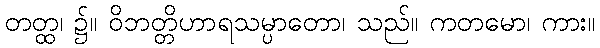
တတ္ထ၊ ၌။ ဝိဘတ္တိဟာရသမ္ပာတော၊ သည်။ ကတမော၊ ကား။